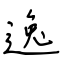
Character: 逸